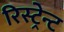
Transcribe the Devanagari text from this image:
रिस्ट्रेन्ट